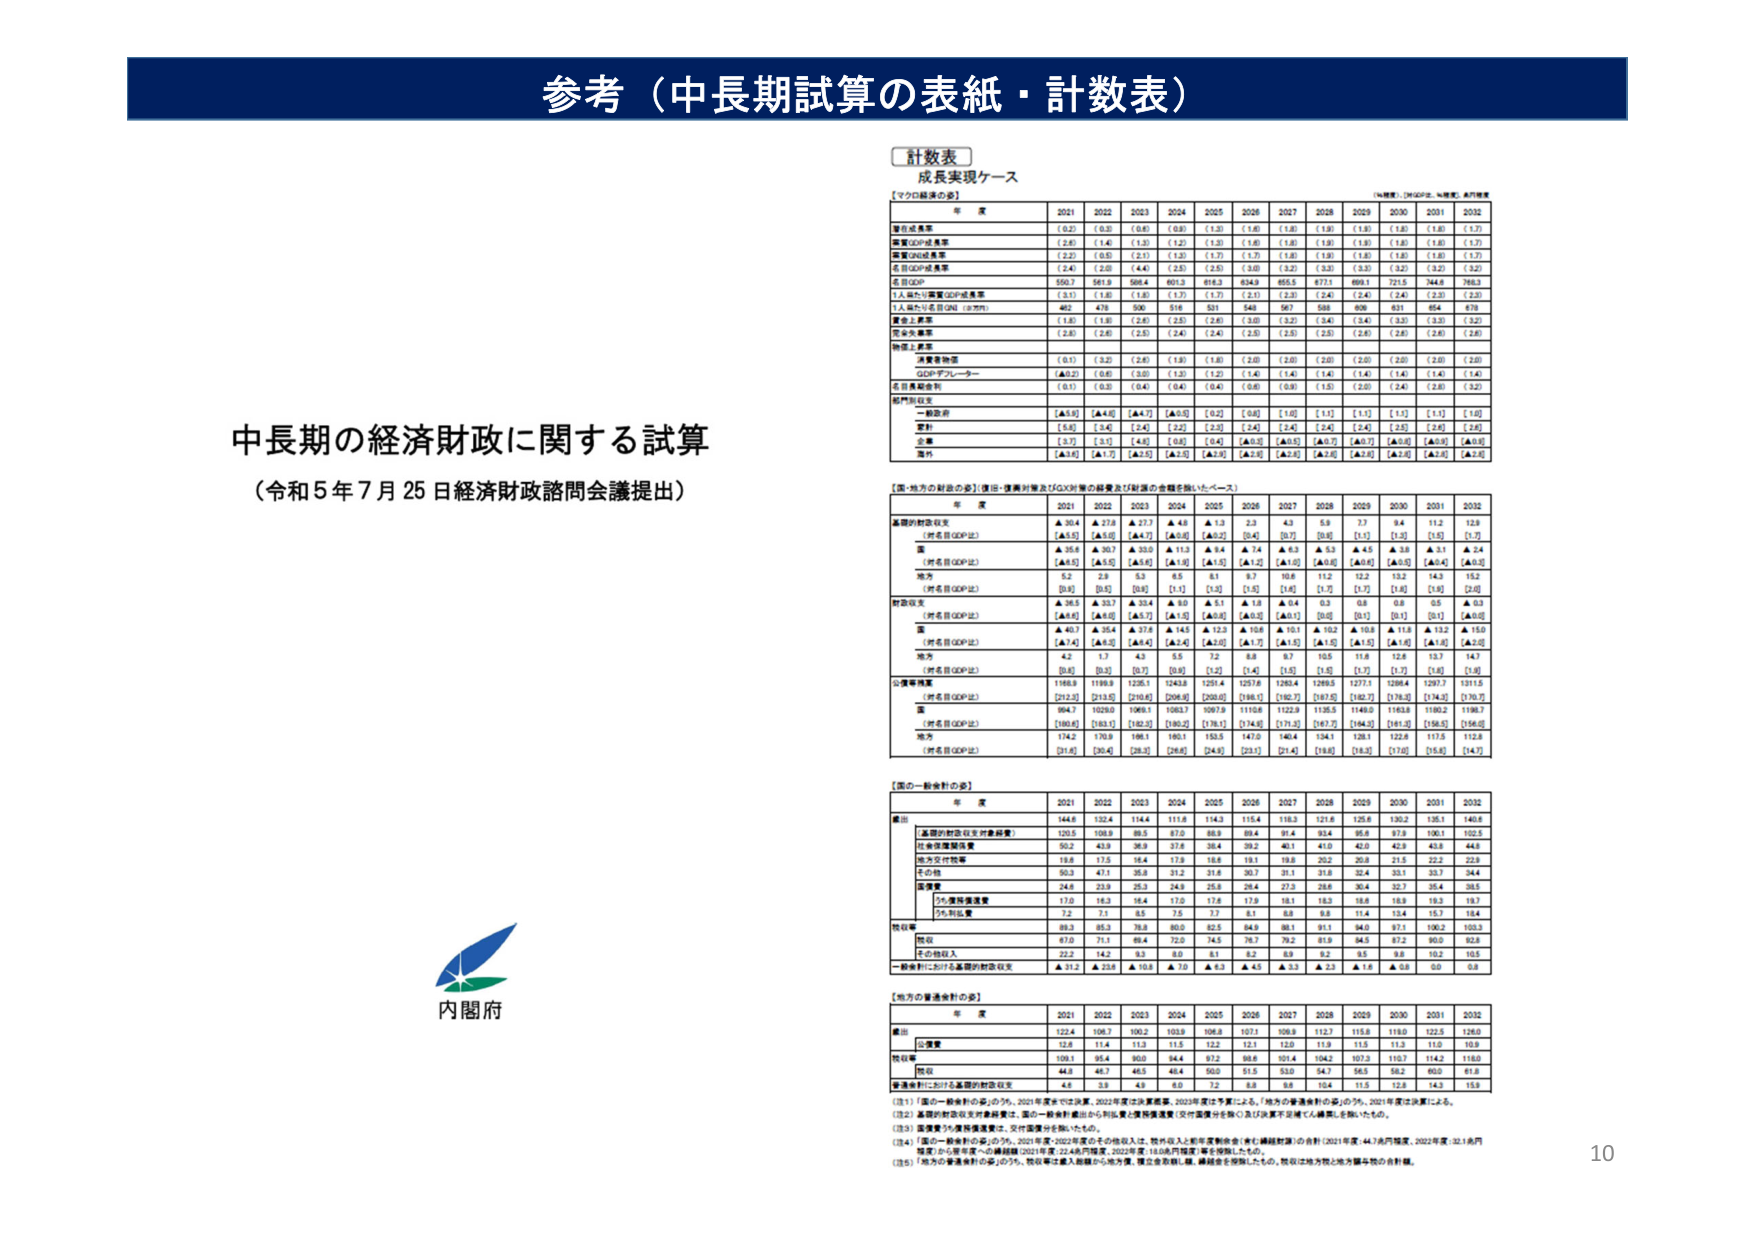
参考（中長期試算の表紙・計数表）

計数表
成長実現ケース
（マクロ編集の②）

年 度 2021 2022 2023 2024 2025 2026 2027 2028 2029 2030 2031 2032

潜在成長率 （0.2） （0.3） （0.6） （0.8） （1.3） （1.6） （1.8） （1.9） （1.9） （1.8） （1.8） （1.7）
実質GDP成長率 （2.6） （1.4） （1.3） （1.2） （1.3） （1.6） （1.8） （1.9） （1.9） （1.8） （1.8） （1.7）
名目GDP成長率 （2.2） （3.5） （2.1） （1.7） （1.7） （1.9） （1.9） （1.9） （1.8） （1.8） （1.7）
名目GDP成長率 （2.4） （2.0） （4.4） （2.9） （2.5） （3.0） （3.2） （3.3） （3.2） （3.2） （3.2）
名目GDP 550.7 561.9 586.4 601.3 616.3 634.9 655.5 677.1 699.1 721.5 744.6 768.3
1人あたり実質GDP成長率 （3.1） （1.8） （1.8） （1.7） （1.7） （2.1） （2.3） （2.4） （2.4） （2.4） （2.3） （2.3）
1人あたり名目GDP（百万円） 402 478 500 516 531 549 567 588 608 631 654 678
雇用主産業 （1.8） （1.8） （2.6） （2.5） （2.6） （3.0） （3.2） （3.4） （3.4） （3.3） （3.3） （3.2）
非労働者産業 （2.8） （2.6） （2.5） （2.4） （2.4） （2.5） （2.5） （2.5） （2.6） （2.6） （2.6） （2.6）
物価上昇率
消費者物価 （0.1） （3.2） （2.6） （1.9） （1.8） （2.0） （2.0） （2.0） （2.0） （2.0） （2.0） （2.0）
GDPデフレーター （▲0.2） （0.6） （3.0） （1.3） （1.2） （1.4） （1.4） （1.4） （1.4） （1.4） （1.4） （1.4）
名目為替相対 （0.1） （0.3） （0.4） （0.4） （0.4） （0.6） （0.6） （1.5） （2.0） （2.4） （2.8） （3.2）
部門別収支
一般政府 （▲1.5） （▲4.0） （▲4.7） （▲5.0） （▲5.0） （▲5.0） （▲5.0） （▲5.1） （▲5.2） （▲5.2） （▲5.2） （▲5.2）
家計 （5.6） （3.4） （2.4） （2.2） （2.3） （2.4） （2.4） （2.4） （2.4） （2.5） （2.6） （2.6）
企業 （3.7） （3.1） （4.0） （0.8） （0.4） （0.5） （▲0.5） （▲0.7） （▲0.7） （▲0.9） （▲0.9） （▲0.9）
海外 （▲3.6） （▲1.7） （▲2.5） （▲2.5） （▲2.5） （▲2.5） （▲2.5） （▲2.5） （▲2.5） （▲2.5） （▲2.5） （▲2.5）

【国・地方の財政の姿】（復興・復興対策及びGX対策の経費及び財源の金額を除いたベース）

年 度 2021 2022 2023 2024 2025 2026 2027 2028 2029 2030 2031 2032

基礎的財政収支 ▲30.4 ▲27.8 ▲27.7 ▲26.8 ▲1.3 2.3 4.3 5.9 7.7 9.4 11.2 12.8
（対名目GDP比） （▲5.5） （▲5.0） （▲5.0） （▲5.0） （▲0.2） （0.4） （0.7） （1.0） （1.3） （1.3） （1.5） （1.7）
国 ▲35.6 ▲30.7 ▲33.0 ▲11.3 ▲9.4 ▲7.4 ▲6.3 ▲5.3 ▲4.5 ▲3.9 ▲3.1 ▲2.4
（対名目GDP比） （▲6.5） （▲5.5） （▲5.6） （▲1.9） （▲1.5） （▲1.2） （▲1.0） （▲0.8） （▲0.8） （▲0.5） （▲0.4） （▲0.3）
地方 5.2 2.9 5.3 8.5 8.1 9.7 10.6 11.2 12.2 13.2 14.3 15.2
（対名目GDP比） （0.9） （0.5） （0.9） （1.5） （1.3） （1.5） （1.6） （1.7） （1.7） （1.8） （1.9） （2.0）

財政収支 ▲36.5 ▲33.7 ▲33.4 ▲32.4 ▲5.1 ▲1.8 ▲0.4 0.3 0.8 0.8 0.5 ▲0.1
（対名目GDP比） （▲6.6） （▲6.0） （▲5.7） （▲5.7） （▲0.8） （▲0.3） （▲0.1） （0.0） （0.1） （0.1） （0.1） （▲0.0）
国 ▲40.7 ▲35.4 ▲37.6 ▲14.5 ▲12.3 ▲10.6 ▲9.1 ▲8.0 ▲7.0 ▲6.0 ▲5.0 ▲4.0
（対名目GDP比） （▲7.4） （▲6.3） （▲6.4） （▲2.4） （▲2.0） （▲1.7） （▲1.5） （▲1.5） （▲1.5） （▲1.0） （▲1.0） （▲0.2）
地方 4.2 1.7 4.3 5.5 7.2 8.8 9.7 10.5 11.6 12.6 13.7 14.7
（対名目GDP比） （0.8） （0.3） （0.7） （0.9） （1.2） （1.4） （1.5） （1.5） （1.7） （1.7） （1.8） （1.9）

公債等残高 1168.9 1189.9 1205.1 1243.8 1251.4 1257.6 1263.4 1269.5 1277.1 1284.4 1297.7 1311.5
（対名目GDP比） （212.3） （213.5） （210.6） （209.8） （203.0） （198.1） （192.7） （187.5） （182.7） （178.3） （174.3） （170.7）
国 994.7 1029.0 1069.1 1083.7 1097.9 1110.6 1122.9 1135.5 1149.0 1163.8 1180.2 1198.7
（対名目GDP比） （180.6） （183.1） （182.3） （180.2） （176.1） （174.6） （171.3） （167.7） （164.2） （161.0） （158.5） （156.0）
地方 174.2 170.9 198.1 160.1 153.5 147.0 140.4 134.1 128.1 122.6 117.5 112.8
（対名目GDP比） （31.6） （30.4） （33.2） （26.6） （24.8） （23.1） （21.4） （19.8） （18.3） （17.0） （15.8） （14.7）

【国の一般会計の姿】

年 度 2021 2022 2023 2024 2025 2026 2027 2028 2029 2030 2031 2032

歳出 144.6 132.4 114.4 111.6 114.3 115.4 118.3 121.6 125.6 130.2 135.1 140.6
（基礎的財政収支対象経費） 120.5 108.9 89.5 87.0 88.9 89.4 91.4 93.4 95.6 97.9 100.1 102.5
社会保障関係費 50.2 43.9 36.9 37.6 38.4 39.2 40.1 41.0 42.0 42.9 43.8 44.6
地方交付税等 18.6 17.5 16.4 16.8 16.8 18.1 19.8 20.2 20.9 21.5 22.2 22.9
その他 50.3 47.1 35.8 31.9 31.6 30.7 31.1 31.8 32.4 33.1 33.7 34.4
国債費 24.6 23.9 25.3 24.9 25.8 26.4 27.3 28.6 30.4 32.7 35.4 38.5
うち債務返済費 17.0 16.3 16.4 17.0 17.6 17.9 18.1 18.3 18.6 18.9 19.3 19.7
うち利息費 7.2 7.1 8.5 7.5 7.7 8.1 8.8 9.8 11.4 13.4 15.7 18.4
歳収 89.3 85.3 78.8 80.0 82.5 84.9 88.1 91.1 94.0 97.1 100.2 103.3
税収 67.0 71.1 65.4 72.0 74.5 78.7 79.2 81.9 84.5 87.2 90.0 92.8
その他収入 22.2 14.2 9.3 8.0 8.1 6.2 8.9 9.2 9.5 9.8 10.2 10.5
一般会計における基礎的財政収支 ▲31.2 ▲23.6 ▲10.8 ▲7.0 ▲6.3 ▲4.5 ▲3.3 ▲2.3 ▲1.6 ▲0.8 0.0 0.8

【地方の普通会計の姿】

年 度 2021 2022 2023 2024 2025 2026 2027 2028 2029 2030 2031 2032

歳出 122.4 106.7 100.2 103.9 106.8 107.1 109.9 112.7 115.8 119.0 122.5 126.0
公債費 12.8 11.4 11.3 11.5 12.2 12.1 12.0 11.9 11.5 11.3 11.0 10.9
歳収 109.1 95.4 90.0 94.4 97.2 98.6 101.4 104.2 107.3 110.7 114.2 118.0
税収 44.8 46.7 46.5 48.4 50.0 51.5 53.0 54.7 56.5 58.2 60.0 61.8
普通会計における基礎的財政収支 4.6 3.9 4.9 6.0 7.2 8.8 9.6 10.4 11.5 12.8 14.3 15.9

（注1）「国の一般会計の姿」のうち、2021年度までは決算、2022年度は決算概算、2023年度は予算による。「地方の普通会計の姿」のうち、2021年度は決算による。
（注2）基礎的財政収支対象経費は、国の一般会計歳出から利息費と国債発行費（交付金等分を除く）及び決算不正補正を除いたもの。
（注3）国債費うち債務返済費は、交付金等分を除いたもの。
（注4）「国の一般会計の姿」のうち、2021年度・2022年度のその他収入は、税外収入と新年度税収金（未収繰越財源）の合計（2021年度：44.7兆円程度、2022年度：32.1兆円程度）から翌年度への繰越額（2021年度：22.4兆円程度、2022年度：18.0兆円程度）等を控除したもの。
（注5）「地方の普通会計の姿」のうち、税収等は歳入総額から地方債、積立金取崩し額、繰越金を控除したもの。税収は地方税と地方譲与税の合計額。

中長期の経済財政に関する試算
（令和5年7月25日経済財政諮問会議提出）

内閣府

10